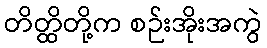
တိတ္ထိတို့က စဉ်းအိုးအကွဲ